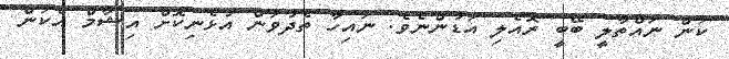
ކަން ނައްތާލީ ބޭބީ ރޮއެލި އަޑުންނެވެ. ނައިހާ ތެދުވަން އުޅެނިކޮށް އިޝާމް އެކަން